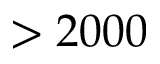
> 2 0 0 0